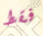
فقط